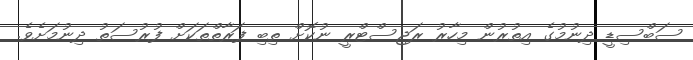
ސަބްސިޑީ ދިނުމުގެ އިތުރުން މިހާރު ރަޖިސްޓްރީ ނުކޮށް ތިބި ފަރާތްތަކަށް ފުރުސަތު ދިނުމަށެވެ.